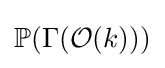
\mathbb {P} (\Gamma ({\mathcal {O}}(k)))